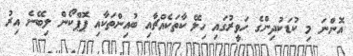
އޮންނަ މި ކުޑަކުދިންގެ ހަވީރުގައި ހިލޭ ކާތަކެއްޗާއި ބުއިންތަކާއި ޕޮޕްކޯން ލިބޭނެ އިރު